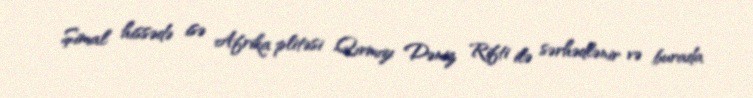
Şimal hissədə isə Afrika plitəsi Qırmızı Dəniz Rifti ilə sərhədlənir və burada